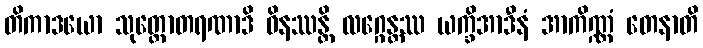
တိကာဒယော သုတ္တောတရဏာဒိ ဝိနဿန္တိ လဂ္ဂေန္တဿ ယက္ခိအာဒီနံ အာကိဏ္ဏံ တေနာတိ